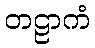
တဠာကံ